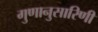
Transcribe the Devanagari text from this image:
गुणानुसारिणी